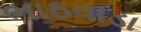
ભાઠવાડા